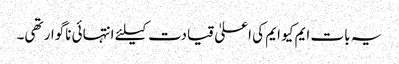
یہ بات ایم کیو ایم کی اعلیٰ قیادت کیلئے انتہائی ناگوار تھی۔